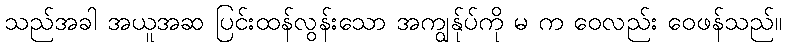
သည်အခါ အယူအဆ ပြင်းထန်လွန်းသော အကျွန်ုပ်ကို မ က ဝေလည်း ဝေဖန်သည်။